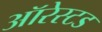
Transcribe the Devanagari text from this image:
ऑरेस्टड